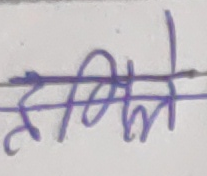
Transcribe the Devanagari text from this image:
हरिने